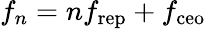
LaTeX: f_{n}=nf_{\mathrm{rep}}+f_{\mathrm{ceo}}